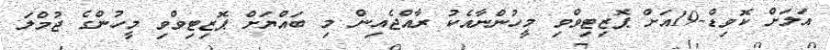
އަލަށް ކޮވިޑް-19އަށް ޕޮޒިޓިވްވި މީހުންނާއެކު ރާއްޖެއިން މި ބައްޔަށް ޕޮޒިޓިވްވި މީހުންގެ ޖުމްލަ